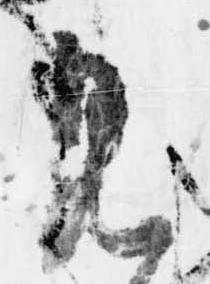
見